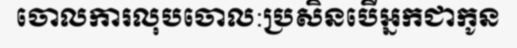
ចោលការលុបចោល:ប្រសិនបើអ្នកជាកូន